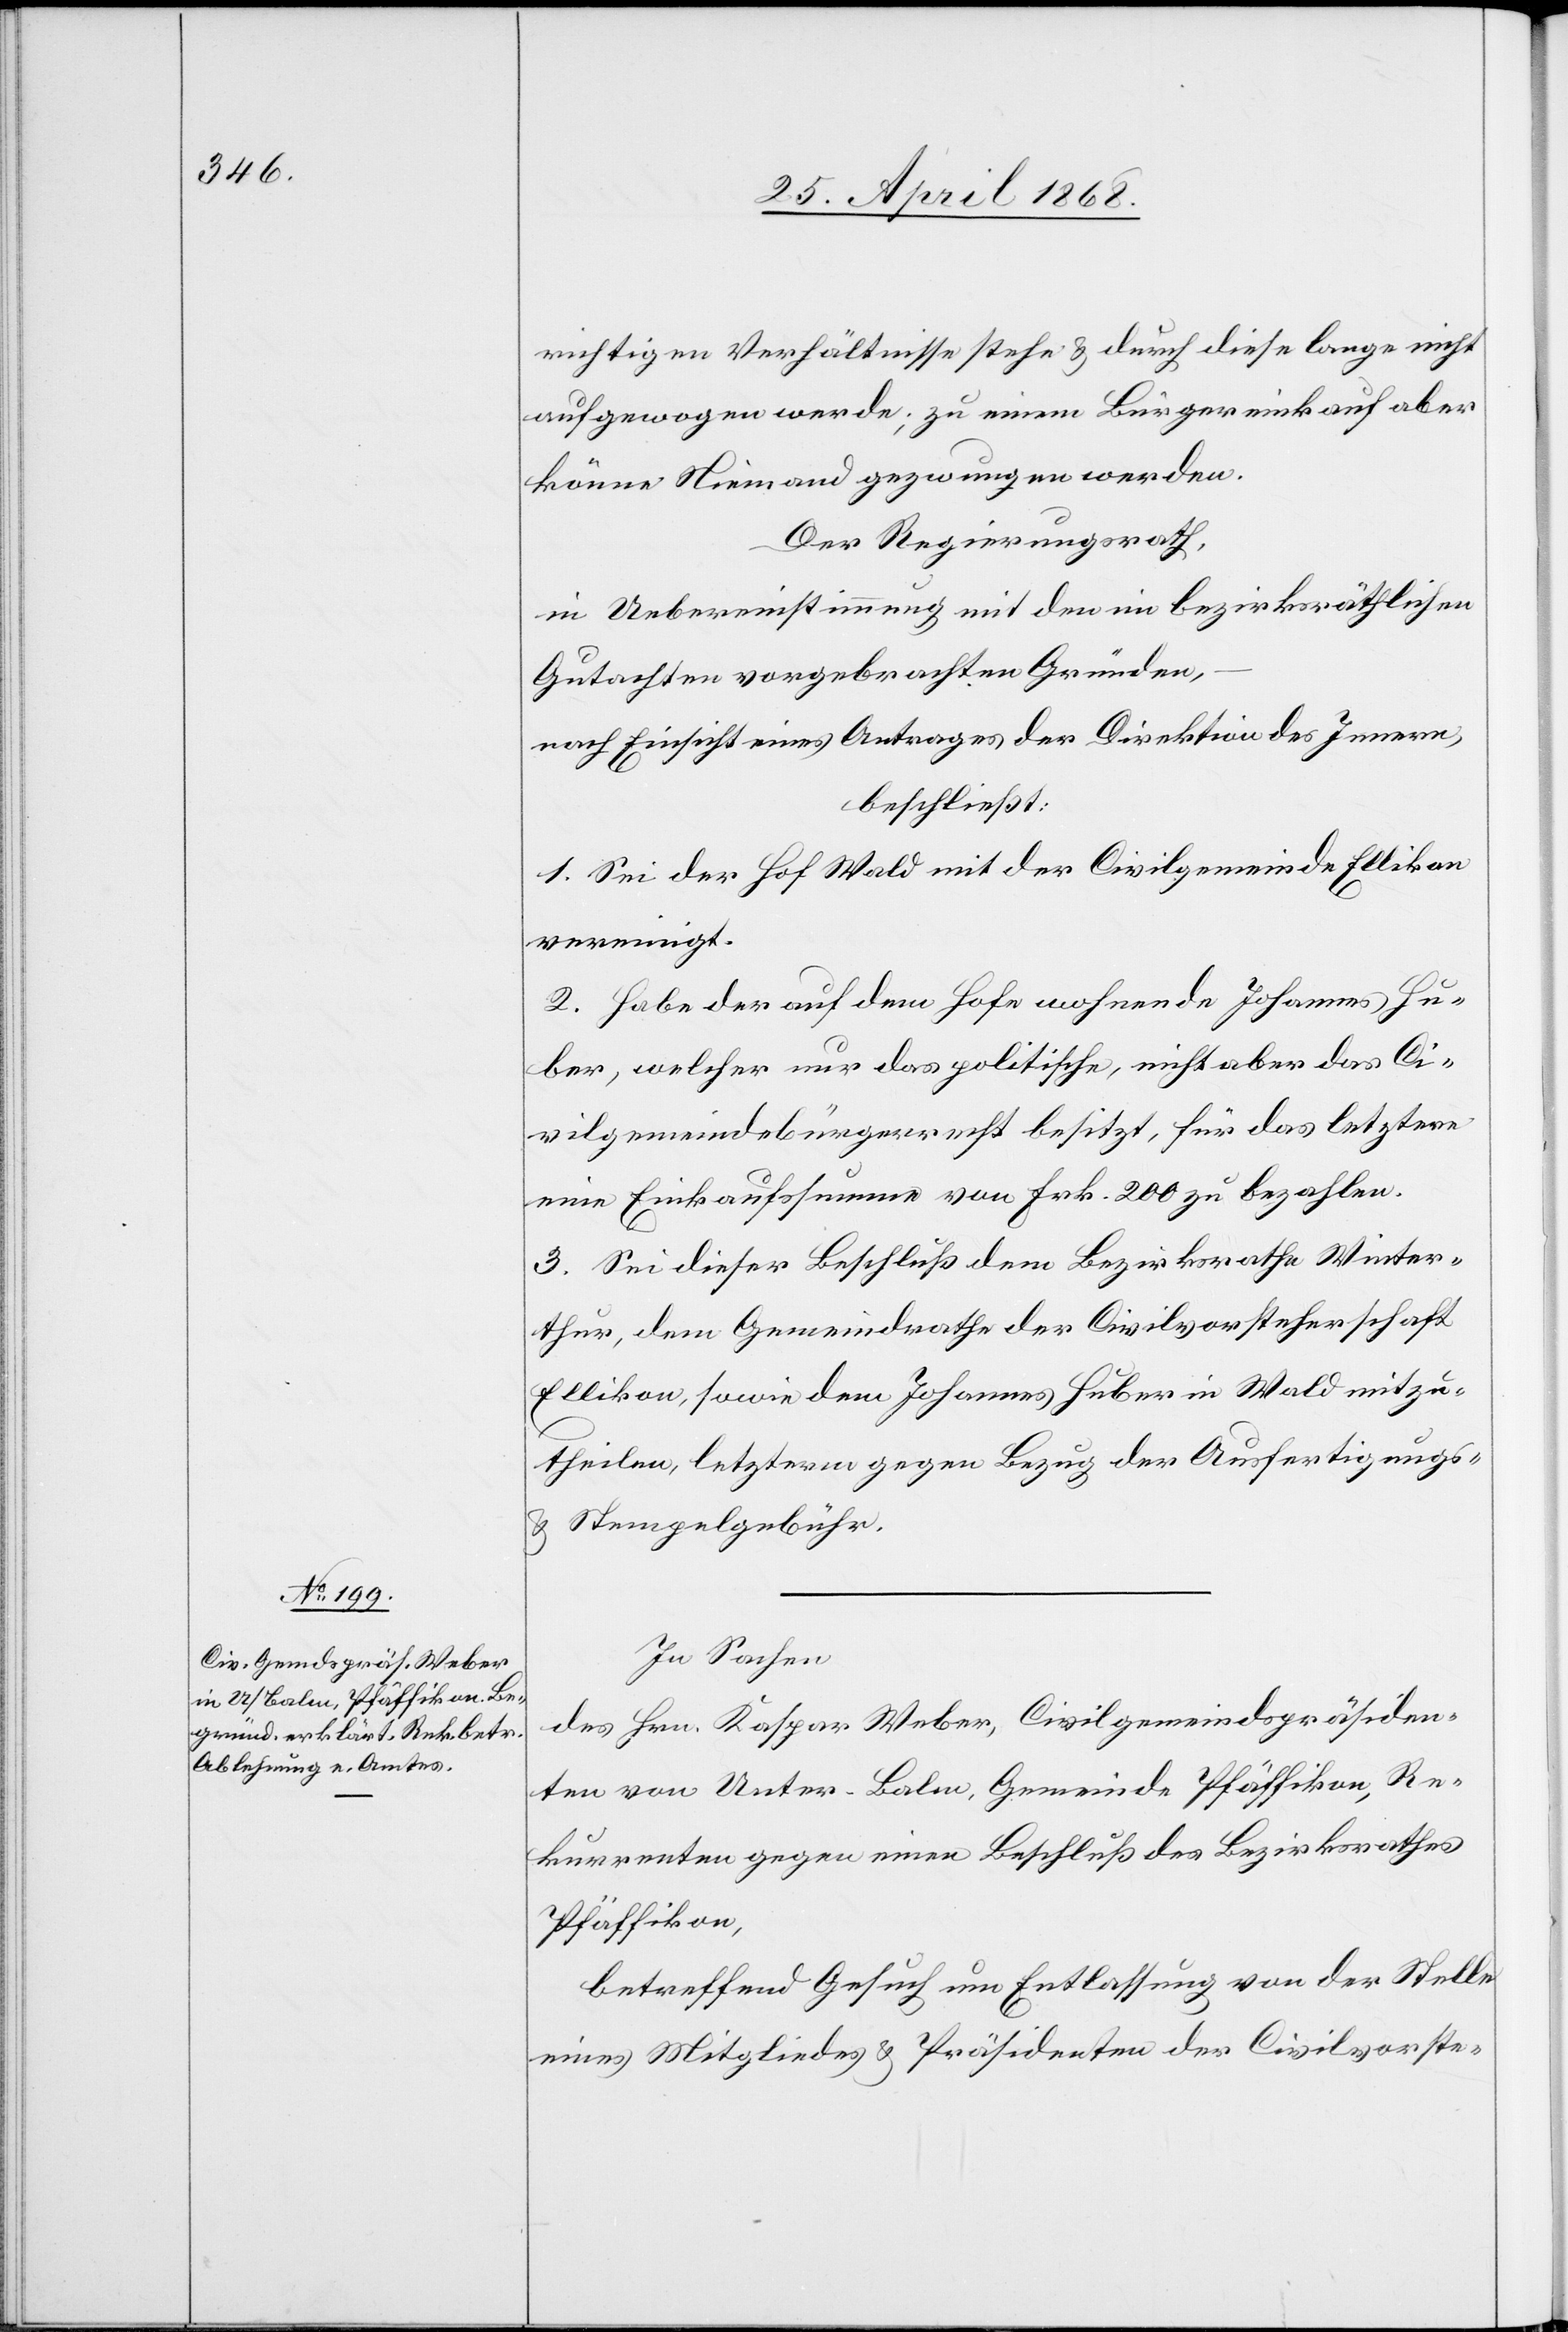
richtigen Verhältnisse stehe & durch diese lange nicht
aufgewogen werde; zu einem Bürgereinkauf aber
könne Niemand gezwungen werden.
Der Regierungsrath,
in Uebereinstimmung mit den im bezirksräthlichen
Gutachten vorgebrachten Gründen,
nach Einsicht eines Antrages der Direktion des Innern,
beschließt:
1. Sei der Hof Wald mit der Civilgemeinde Ellikon
vereinigt.
2. Habe der auf dem Hofe wohnende Johannes Hu¬
ber, welcher nur das politische, nicht aber das Ci¬
vilgemeindebürgerrecht besitzt, für das letztere
eine Einkaufssumme von Frk. 200 zu bezahlen.
3. Sei dieser Beschluß dem Bezirksrathe Winter¬
thur, dem Gemeindrathe der Civilvorsteherschaft
Ellikon, sowie dem Johannes Huber in Wald mitzu¬
theilen, letzterm gegen Bezug der Ausfertigungs-
& Stempelgebühr.
In Sachen
des Hrn. Kaspar Weber, Civilgemeindspräsiden¬
ten von Unter-Balm, Gemeinde Pfäffikon, Re¬
kurrenten gegen einen Beschluß des Bezirksrathes
Pfäffikon,
betreffend Gesuch um Entlassung von der Stelle
eines Mitgliedes & Präsidenten der Civilvorste-